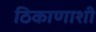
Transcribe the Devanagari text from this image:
ठिकाणाशी